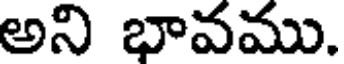
అని భావము.